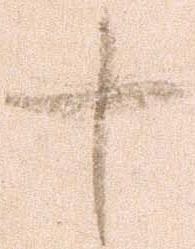
十